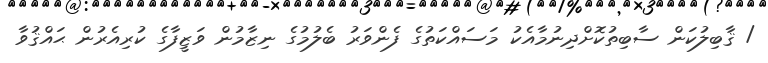
/ ޤާބިލުކަން ސާބިތުކޮށްދިނުމާއެކު މަސައްކަތުގެ ފެންވަރު ބެލުމުގެ ނިޒާމުން ވަޒީފާގެ ކުރިއެރުން ޙައްޤުވާ